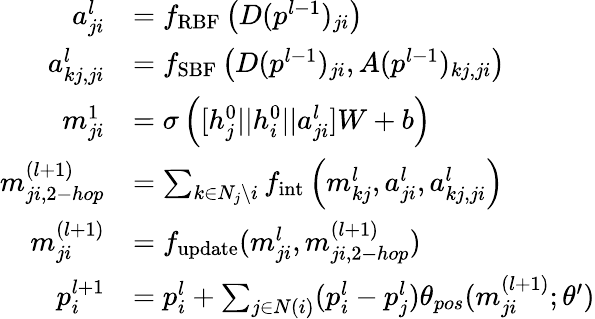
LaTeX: \begin{array}{rl}{a_{ji}^{l}}&{=f_{\mathrm{RBF}}\left(D(p^{l-1})_{ji}\right)}\\ {a_{kj,ji}^{l}}&{=f_{\mathrm{SBF}}\left(D(p^{l-1})_{ji},A(p^{l-1})_{kj,ji}\right)}\\ {m_{ji}^{1}}&{=\sigma\left([h_{j}^{0}||h_{i}^{0}||a_{ji}^{l}]W+b\right)}\\ {m_{ji,2-hop}^{(l+1)}}&{=\sum_{k\in N_{j}\setminus{i}}f_{\mathrm{int}}\left(m_{kj}^{l},a_{ji}^{l},a_{kj,ji}^{l}\right)}\\ {m_{ji}^{(l+1)}}&{=f_{\mathrm{update}}(m_{ji}^{l},m_{ji,2-hop}^{(l+1)})}\\ {p_{i}^{l+1}}&{=p_{i}^{l}+\sum_{j\in N(i)}(p_{i}^{l}-p_{j}^{l})\theta_{pos}(m_{ji}^{(l+1)};\theta^{\prime})}\end{array}